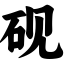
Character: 砚